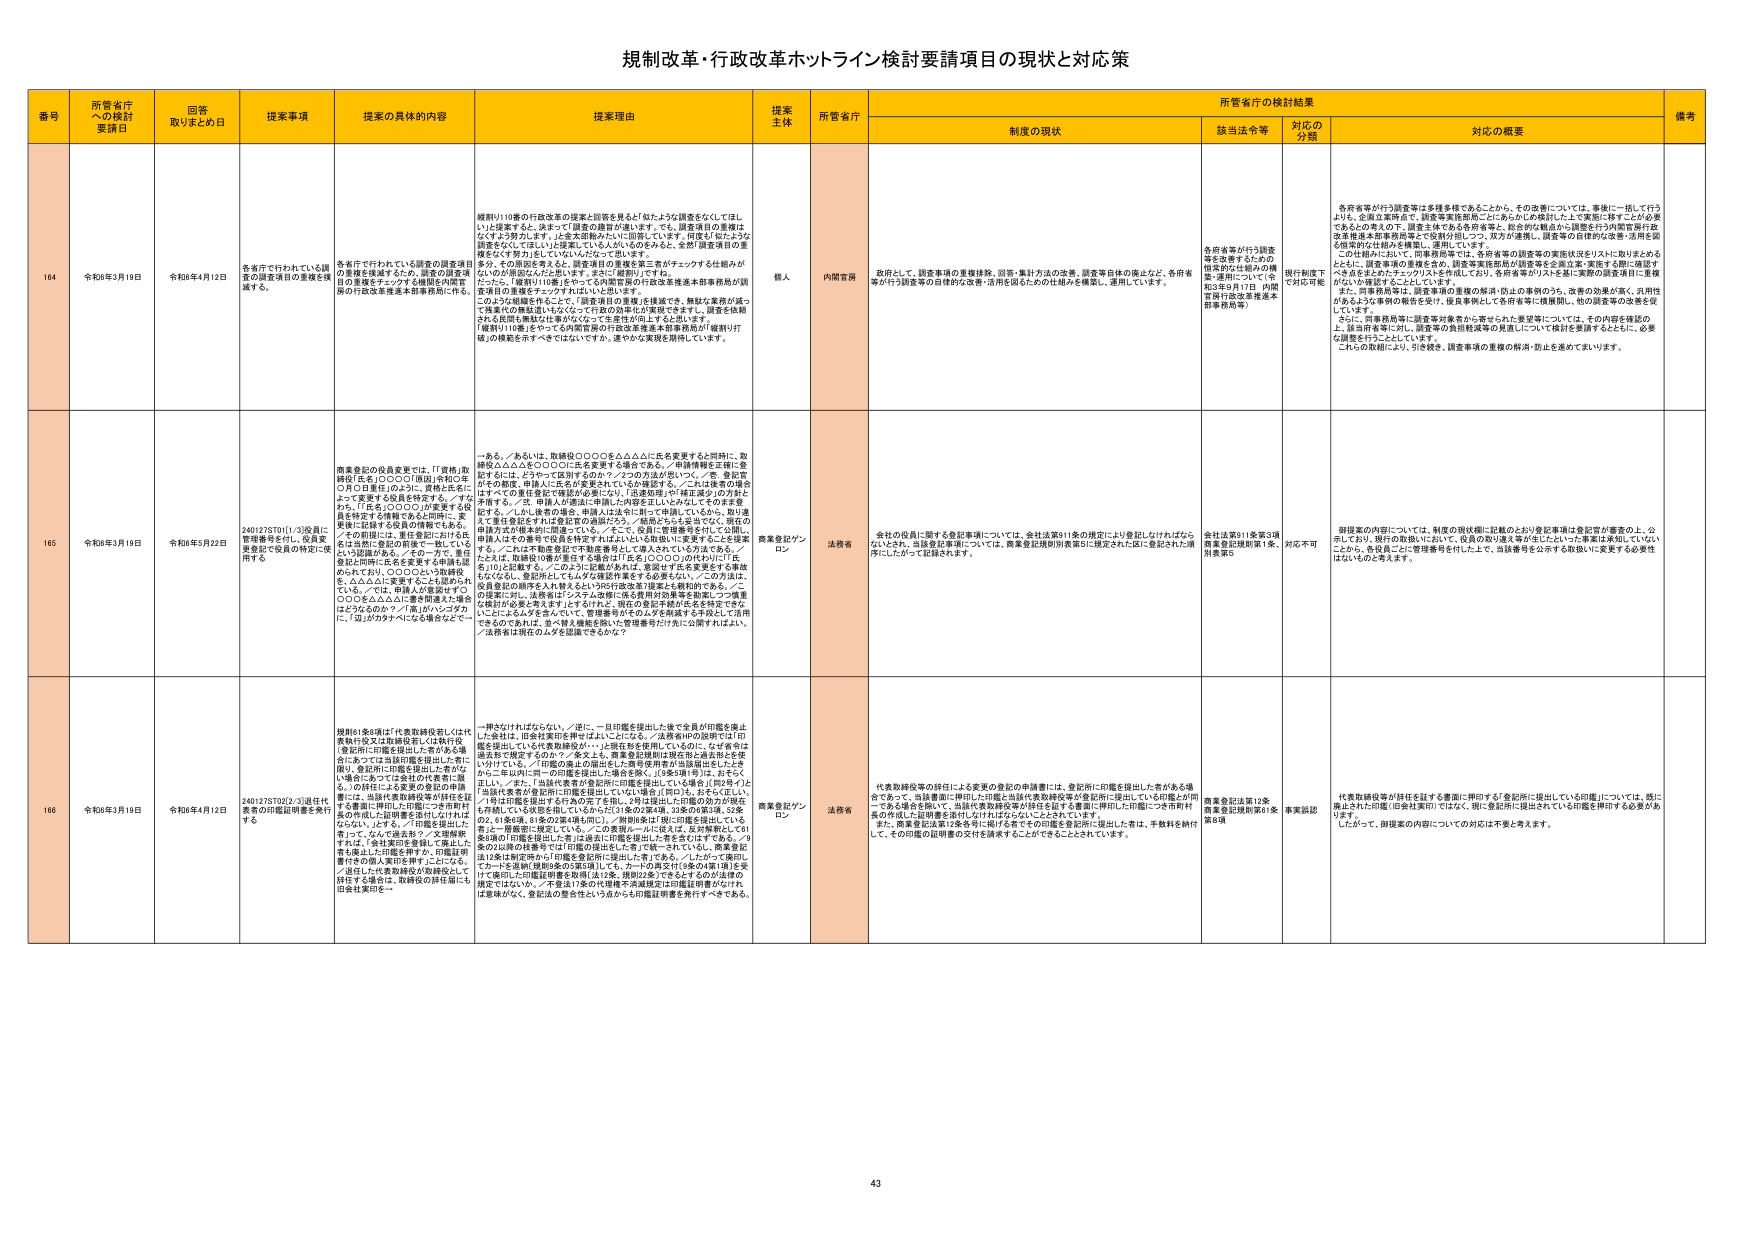
規制改革・行政改革ホットライン検討要請項目の現状と対応策

番号 所管省庁への検討要請日 回答取りまとめ日 提案事項 提案の具体的内容 提案理由 提案主体 所管省庁 制度の現状 該当法令等 対応の分類 対応の概要 備考

164 令和6年3月19日 令和6年4月12日 各省庁で行われている調査の調査項目の重複を検討するため、調査の調査項目の重複をチェックする機関を内閣府の行政改革推進本部事務局に作る。 各省庁で行われている調査の調査項目の重複を検討するため、調査の調査項目の重複をチェックする機関を内閣府の行政改革推進本部事務局に作る。 規則110番の行政改革の提案と回答を見ると「似たような調査をなしてほしい」と提案すると、決まって「調査の趣旨が違います。でも、調査項目の重複はなくてもう対応します。」と答える現象が目に留まります。何度も「似たような調査をなしてほしい」と提案している人がいるのをみると、全部「調査項目の重複をなしておう」としているはずだと思われます。 その原因を考えると、調査項目の重複を第三者がチェックする仕組みがないのが原因だと思われます。まさに「重複」ですね。 だから、「規則110番」をやったら内閣府の行政改革推進本部事務局が調査項目の重複をチェックすればいいと思います。 このような組織を作るなら、「調査項目の重複」を検証・業務の「統一」を提案のの構成思いも込めて「行政の効率化」が実現できます。調査を依頼される結果を検証されるべきなので、その仕組みは上手くいきます。 「規則110番」をやっても内閣府等の行政改革推進本部事務局が「規則110番」の機能を示すべきではないですか。速やかな実現を期待しています。 個人 内閣府 政府として、調査事項の重複排除、回答・集計方法の改善、調査等自体の廃止など、各府省等が行う調査等の自律的な改善・活用を図るための仕組みを構築し、運用しています。 各府省等が行う調査等を改善するための施策が行なわれる（令和3年9月17日 内閣府行政改革推進本部事務局等） 現行制度下で対応可能 各府省等が行う調査等は多種多様であることから、その改善については、事後に一括して行うよりも、企画立案時点で、調査等実施機関ごとにあらかじめ検討した上で実施に移すことが必要であるとの考えの下、調査主体である各府省等と、総合的な観点から調査を行う内閣官房行政改革推進本部事務局等との役割分担しつつ、双方が連携し、調査等の自律的な改善・活用を図る施策の仕組みを構築し、運用しています。 この仕組みにおいて、内閣府局等では、各府省等の調査等の実施状況をリストに取りまとめるとともに、調査事項の重複を含め、調査等実施機関が調査等を企画立案・実施する際に確認すべき点をまとめたチェックリストを作成しており、各府省等がリストを基に実際の調査項目に重複がないか確認するようにしています。 また、同事務局等は、調査事項の重複の解消・防止の事例のうち、改善の効果が高く、汎用性があるような事例の検証を実行し、従来事例として各府省等に展開し、他の調査等の改善を促しています。 さらに、同事務局等に調査等対象者が寄せられた要望等については、その内容を確認の上、該当府省等に対し、調査等の負担軽減等の見直しについて検討を要請するとともに、必要な調整を行うとともに、引き続き、調査事項の重複の解消・防止を進めています。

165 令和6年3月19日 令和6年5月22日 2401275701(1/3)役員に管理番号を付し、役員変更登記で役員の特定に使用する 商業登記の役員変更では、「『資格』取得役『氏名』○○○○『職員』令和○年○月○日責任」のように、資格と氏名によって変更する役員を特定する。／なぜか、「『氏名』○○○○」が変更する役員を特定する情報であると同時に、変更後に記録する役員の情報でもある。／その問題がある。／その一方で、責任者登記に同時に氏名を変更する申請も認められており、○○○○という資格を、△△△△に変更することも認められている。／では、申請人が変更する▼○○○○を△△△△に変更申請された場合はどうなるのか？／誰ががいつダタかに、誰がカタチへになるかどこで／ある。／あるいは、取締役○○○○○を△△△△に氏名変更すると同時に、取締役△△△△を○○○○に氏名変更する場合である。／申請情報を正確に登録するには、2カ所で区別するのか？／2つの方法が思いつく。／第一登記票がその都度、申請人に氏名が変更されているか確認する。／これは変更の場合はすべての登記書類に確認が必要になり、①迅速性②PT確認漏れ③労力および手間等を、／第二申請人が適法に申請した内容を正しいか知らしてそのまま登録する。／しかし後者の場合、申請人は法令に則って申請しているから、知りません。／責任者登記や社長登記等の申請のため、／商品やトヨタ等でなく、別の申請方式が根本的に間違っている。／そこで、役員に管理番号を付して公開し、申請人はその番号で役員を特定すればよいと仮説に至ります。また提案する。／これは不動産登記で不動産番号として導入されている方法である。／たとえば、取締役の番号を書ける場合だけ「氏名」○○○○のカ所を「○○○○番号」に記載する。／このように提案のあれば、変更が氏名変更される事故もなくなり、登記所としてもスタッフ確認作業をする必要もない。／この方法は、役員登記の固有を入力替えるという行行政改革で提案した継続的である。／この提案に対し、法務省は「システム改修に係る費用対効果等を勘案しつつ慎重な検討が必要と考えます」とすれば、現在の登記手続が氏名を特定できる、ことによるリスクを含めて、管理番号がその人を特定する手段として活用できるのであれば、食べ替え機能を除いた管理番号だけ先に公開すればよい。／法務省は現在のシステム見直できるか？ 商業登記グンロン 法務省 会社の役員に関する登記事項については、会社法第911条の規定により登記しなければならないとされ、当該登記事項については、商業登記規則別表第5に規定されたに登記された「商業登記」に加えて記録されます。 会社法第911条第3項 商業登記規則第1条、別表第5 対応不可 御提案の内容については、制度の現状欄に記載のとおり登記事項は登記官が審査の上、公示しており、現行の取扱いにおいて、役員の取り替え等が生じたことは本事項は承知していないことから、各役員ごとに管理番号を付した上で、当該番号を公表する取扱いに変更する必要性はないものと考えます。

166 令和6年3月19日 令和6年4月12日 2401275702(2/3)退任代表者の印鑑証明書を発行する 規則61条6項は「代表取締役若しくは代表執行役又は取締役若しくは執行役（登記所に印鑑を提出した者から場合にあっては当該印鑑を提出した者に限り、登記所に印鑑を提出した者がない場合にあっては会社の代表者に限る。）の辞任による変更の登記の申請書には、当該代表取締役等が辞任を証する書面に押印した印鑑につき申請代表の作成した証明書を添付しなければならない」とする。／印鑑を提出した者に限りって、なんで過去も？／文書解釈すれば、「会社実印を登録して提出した者」に限った印鑑を押すか、印鑑証明書作るの個人実印を押すことになる。／退任した代表取締役が取締役として辞任する場合、取締役の辞任届にも旧会社実印を… 一冊きなければならぬ。／逆に、一旦印鑑を提出した後で全員が印鑑を廃止した会社は、旧会社実印を押せばよいことになる。／法務省HPの説明では「印鑑を提出している代表取締役が…」と現在形を使用しているのに、なぜか今は過去形で規定するのか？／答えよ。商業登記規則は現在形と過去形とを早く分けていな。／印鑑の廃止の届出をした事実を管理が当該届出をしたときから三年以内に同一の印鑑を提出した場合を除く。（9条5項1号）は、おそらく正しい。／また、「当該代表者が登記所に印鑑を提出している場合」（同2号）と「当該代表者が登記所に印鑑を提出していない場合」（同3号）とされているが、／第1号は印鑑を提出する行為の完了を指し、2号は提出した印鑑の効力が現在も有効している状態を指しているから2条の要件は、3条の必要は、3条の2、61条5項、81条の3項4項も同じ。／附則8条は「現に印鑑を提出している者」が一箇条前に規定している。／この重複ルールに従えば、反対解釈として61条3項の「印鑑を提出した者」は現に印鑑を提出した者をさすはずである。／3条の2以前の経過事では「印鑑の提出をした者」で統一されているし、商業登記法12条は制定時から「印鑑を登記所に提出した者」である。／したがって規則17カ～15条8項（規則8条の3第3項）にも、カ～の再交付（8条の4第1項）を受けて裏印した印鑑証明書を取得し直し後、規則22条にできるとするのが法的の規定ではないか。／不登法17条の代理権不満減規定は印鑑証明書がなければ意味がなく、登記法の整合性という点からも印鑑証明書を発行すべきである。 商業登記グンロン 法務省 代表取締役等の辞任による変更の登記の申請書には、登記所に印鑑を提出した者がある場合であって、当該書面に押印した印鑑と当該代表取締役等が登記所に提出している印鑑とが同一である場合を除いて、当該代表取締役等が辞任を証する書面に押印した印鑑につき申請代表の作成した証明書を添付しなければならないこととされています。 また、商業登記法第12条各号に掲げる者その他の印鑑を登記所に提出した者は、手数料を納付して、その印鑑の証明書の交付を請求することができるとのことです。 商業登記法第12条 商業登記規則第61条第8項 事実誤認 代表取締役等が辞任を証する書面に押印する「登記所に提出している印鑑」については、既に廃止された印鑑（旧会社実印）ではなく、現に登記所に提出されている印鑑を押印する必要がありま す。 御提案の内容についての対応は不要と考えます。

43